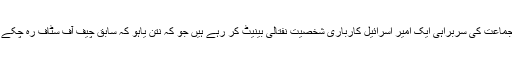
اس جماعت کی سربراہی ایک امیر اسرائیل کارباری شخصیت نفتالی بینیٹ کر رہے ہیں جو کہ نتن یاہو کہ سابق چیف آف سٹاف رہ چکے ہیں۔